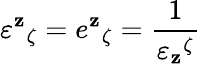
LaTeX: \varepsilon^{\mathbf{z}}{}_{\zeta}=e^{\mathbf{z}}{}_{\zeta}=\frac{{1}}{{\varepsilon_{\mathbf{z}}{}^{\zeta}}}